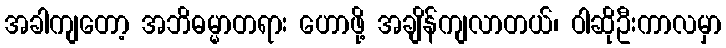
အခါကျတော့ အဘိဓမ္မာတရား ဟောဖို့ အချိန်ကျလာတယ်၊ ဝါဆိုဦးကာလမှာ